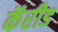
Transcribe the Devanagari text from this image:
कॅरीड